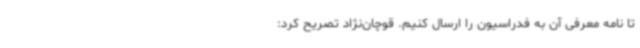
تا نامه معرفی آن به فدراسیون را ارسال کنیم. قوچان‌نژاد تصریح کرد: